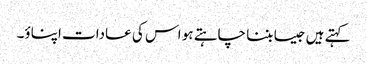
کہتے ہیں جیسا بننا چاہتے ہو اس کی عادات اپناؤ۔